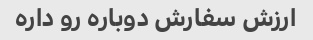
ارزش سفارش دوباره رو داره